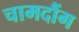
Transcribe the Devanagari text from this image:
चामदौंग